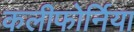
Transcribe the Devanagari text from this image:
कलीफोर्निया